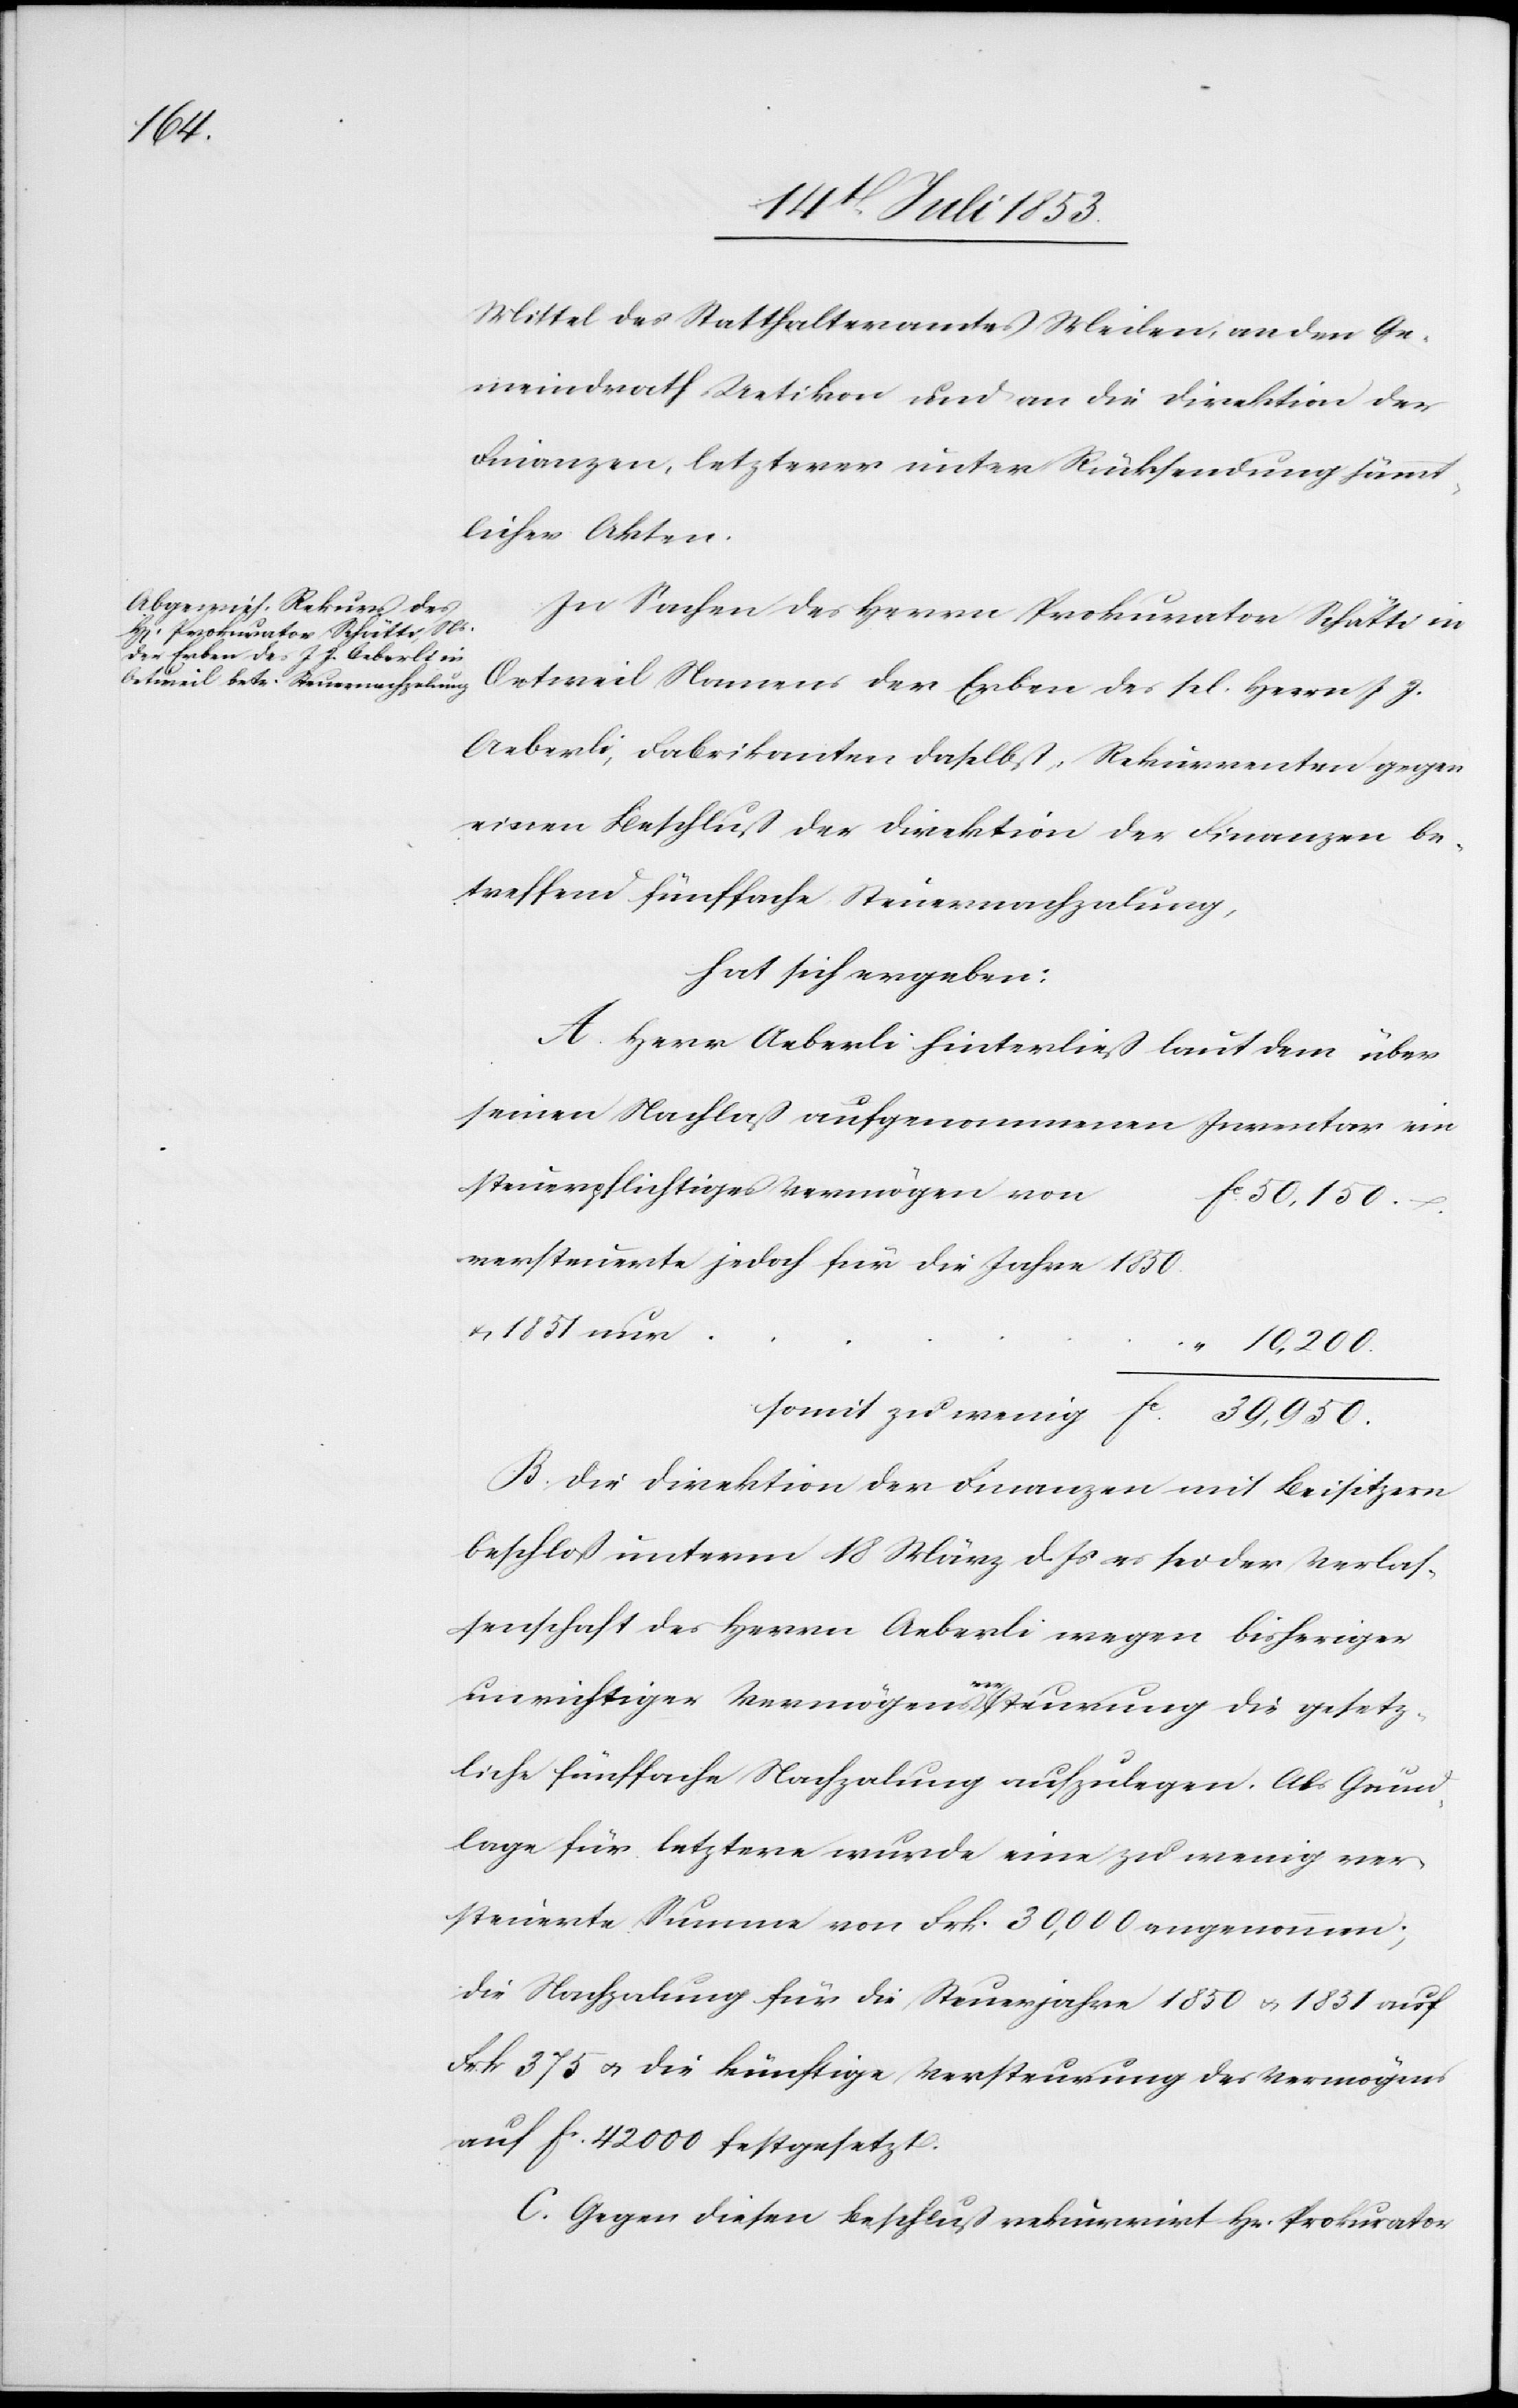
1851

Mittel des Statthalteramtes Meilen an den Ge¬
meindrath Uetikon und an die Direktion der
Finanzen, letzterer unter Rücksendung sämmt¬
licher Akten.
In Sachen des Herrn Prokurator Schätti in
Oetweil Namens der Erben des sel. Herrn J. J.
Aeberli, Fabrikanten daselbst, Rekurrenten gegen
einen Beschluß der Direktion der Finanzen be¬
treffend fünffache Steuernachzahlung,
hat sich ergeben:
A. Herr Aeberli hinterließ laut dem über
seinen Nachlaß aufgenommenen Inventar ein
steuerpflichtiges Vermögen vo¬
50 150.
Versteuerte jedoch für die Jahre 1850
10 200.
somit zu wenig	fc 39 950.
B. Die Direktion der Finanzen mit Beisitzern
beschloß unterm 18 März d. Js. es sei der Verlas¬
senschaft des Herrn Aeberli wegen bisheriger
u.
unwichtiger Vermögensversteuerung die gesetz¬
liche fünffache Nachzalung aufzulegen. Als Grund¬
lage für letztere wurde eine zu wenig ver¬
steuerte Summe von Frk. 30 000 angenommen;
die Nachzalung für die Steuerjahre 1850 u. 1851 auf
Frk. 375 u. die künftige Versteuerung des Vermögens
auf fc 42 000 festgesetzt.
C. Gegen diesen Beschluß rekurrirt Hr. Prokurator